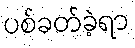
ပစ်ခတ်ခဲ့ရာ